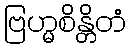
ဗြဟ္မစိန္တိတံ